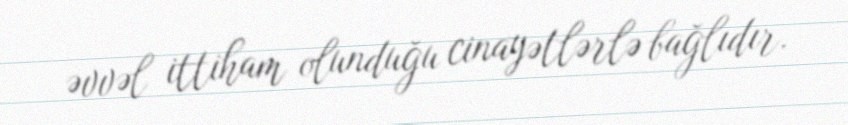
əvvəl ittiham olunduğu cinayətlərlə bağlıdır.